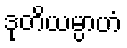
ဒုတိယမ္ပာဟံ